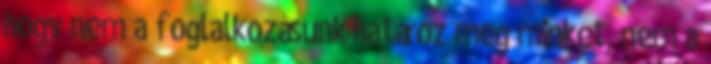
hogy nem a foglalkozásunk határoz meg minket, nem a